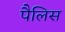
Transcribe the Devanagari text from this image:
पैलिस